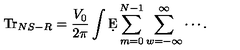
\mathrm { T r } _ { N S - R } = \frac { V _ { 0 } } { 2 \pi } \int \d E \sum _ { m = 0 } ^ { N - 1 } \sum _ { w = - \infty } ^ { \infty } \cdots .